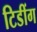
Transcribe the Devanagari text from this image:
टिडींग